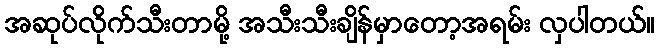
အဆုပ်လိုက်သီးတာမို့ အသီးသီးချိန်မှာတော့အရမ်း လှပါတယ်။